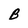
Character: B